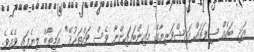
އަދި ބައެއް ސިފަތައް އައިޝްވަރިޔާގެ މައިންބަފައިންނާ ވެސް ވައްތަރުވޭ" އަމީތާބް ލިޔެފައި ވެއެވެ.